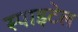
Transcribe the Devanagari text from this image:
स्पाइटेल